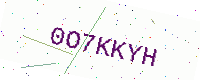
Text: 0O7KKYH